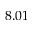
8 . 0 1